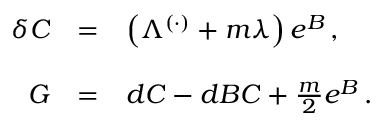
\begin{array} { r c l } { { \delta C } } & { { = } } & { { \left( \Lambda ^ { ( \cdot ) } + m \lambda \right) e ^ { B } \, , } } \\ { { } } & { { } } & { { } } \\ { { G } } & { { = } } & { { d C - d B C + \frac { m } { 2 } e ^ { B } \, . } } \\ { { } } & { { } } & { { } } \end{array}